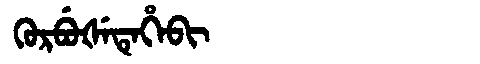
Manchu: ᡴᡠᡵᠪᡠᡧᡝᡨᡝᡥᡝᠪᡳ
Romanization: KURBUŠETEHEBI